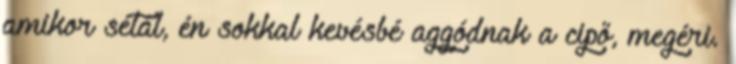
amikor sétál, én sokkal kevésbé aggódnak a cipő, megéri.